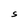
Character: S